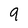
Character: 9